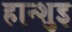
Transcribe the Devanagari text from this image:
हान्शुइ